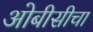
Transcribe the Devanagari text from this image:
ओबीसीचा